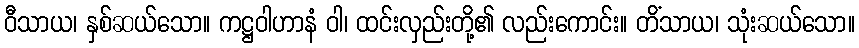
ဝီသာယ၊ နှစ်ဆယ်သော။ ကဋ္ဌဝါဟာနံ ဝါ၊ ထင်းလှည်းတို့၏ လည်းကောင်း။ တိံသာယ၊ သုံးဆယ်သော။